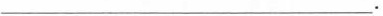
___.